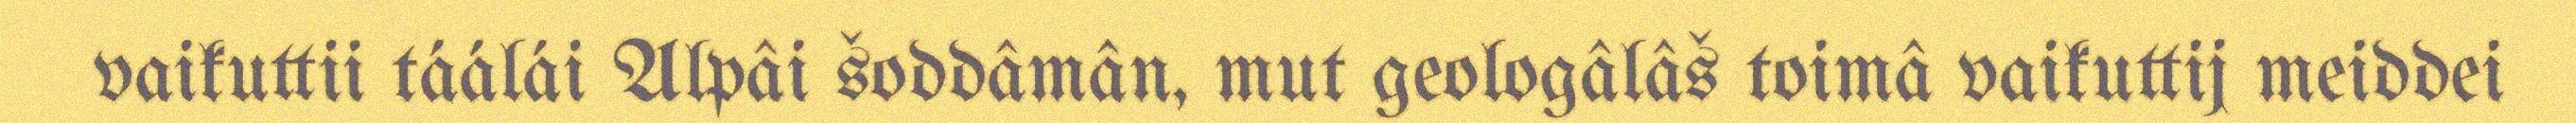
vaikuttii táálái Alpâi šoddâmân, mut geologâlâš toimâ vaikuttij meiddei